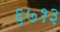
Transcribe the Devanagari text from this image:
६७१३